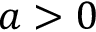
a > 0